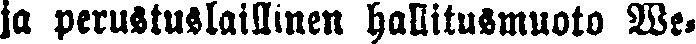
ja perustuslaillinen hallitusmuoto We-